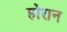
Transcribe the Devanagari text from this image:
होरान